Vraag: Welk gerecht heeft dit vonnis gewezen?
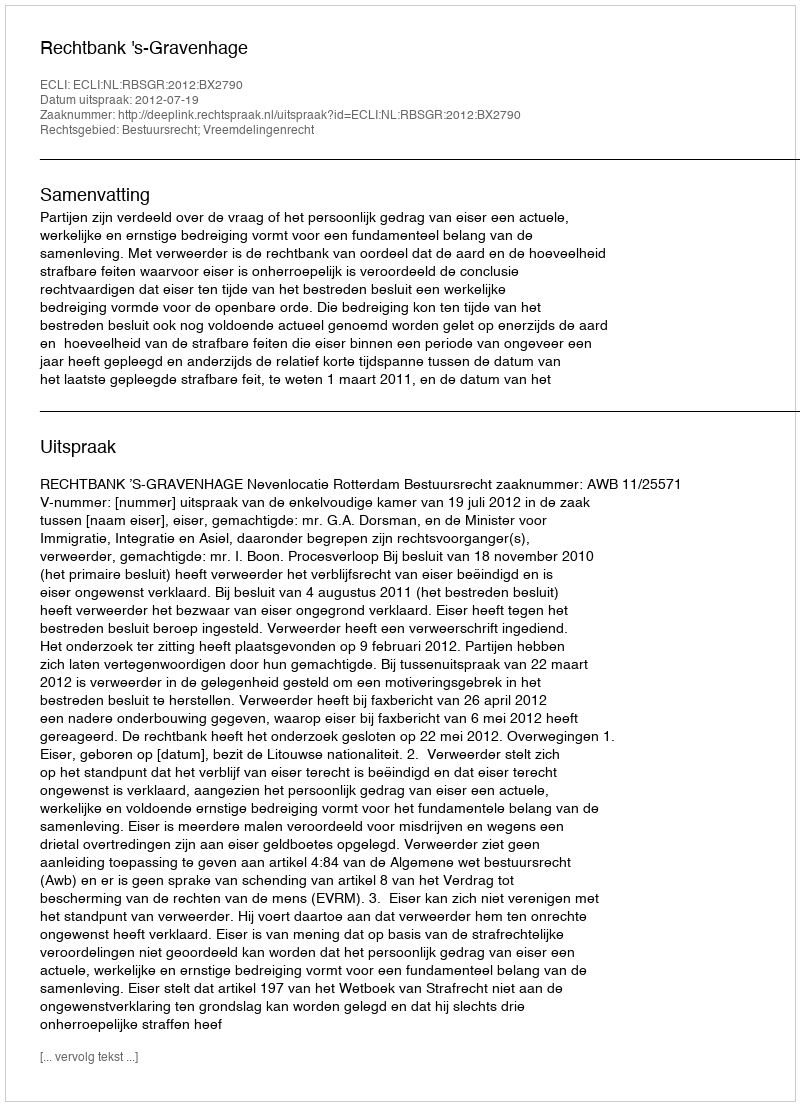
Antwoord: Rechtbank 's-Gravenhage